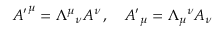
{ A ^ { \prime } } ^ { \mu } = \Lambda ^ { \mu } { } _ { \nu } A ^ { \nu } \, , \quad { A ^ { \prime } } _ { \mu } = \Lambda _ { \mu } { } ^ { \nu } A _ { \nu }